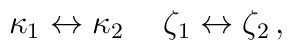
\kappa_1 \leftrightarrow \kappa_2  \hspace{0.5cm} \zeta_1 \leftrightarrow \zeta_2 \, ,